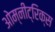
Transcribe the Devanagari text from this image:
ओम्नीट्रिक्स